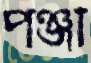
পঞ্জা